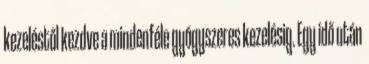
kezeléstől kezdve a mindenféle gyógyszeres kezelésig. Egy idő után